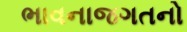
ભાવનાજગતનો